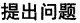
提出问题